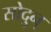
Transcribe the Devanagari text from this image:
सोदुन्